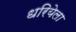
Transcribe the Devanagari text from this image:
धरियेला